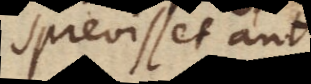
sprevisset aut